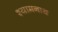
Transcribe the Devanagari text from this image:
श्यामनाथ